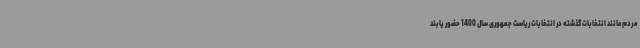
مردم مانند انتخابات گذشته در انتخابات ریاست جمهوری سال 1400 حضور یابند